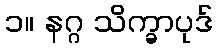
၁။ နဂ္ဂ သိက္ခာပုဒ်